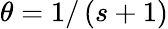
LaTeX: \theta=1/\left(s+1\right)